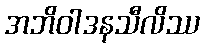
အဘိဝါဒနသီလိဿ